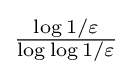
{\tfrac {\log 1/\varepsilon }{\log \log 1/\varepsilon }}